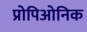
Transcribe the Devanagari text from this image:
प्रोपिओनिक